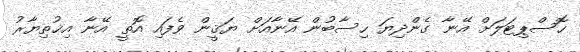
ހޮސްޕިޓަލަށް އޭނާ ގެންދިޔަ ހިސާބުން އޭނާއަށް ޔަޤީން ވެފައި އޮތީ އޭނާ އިޚުތިޔާރު